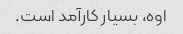
اوه، بسیار کارآمد است.